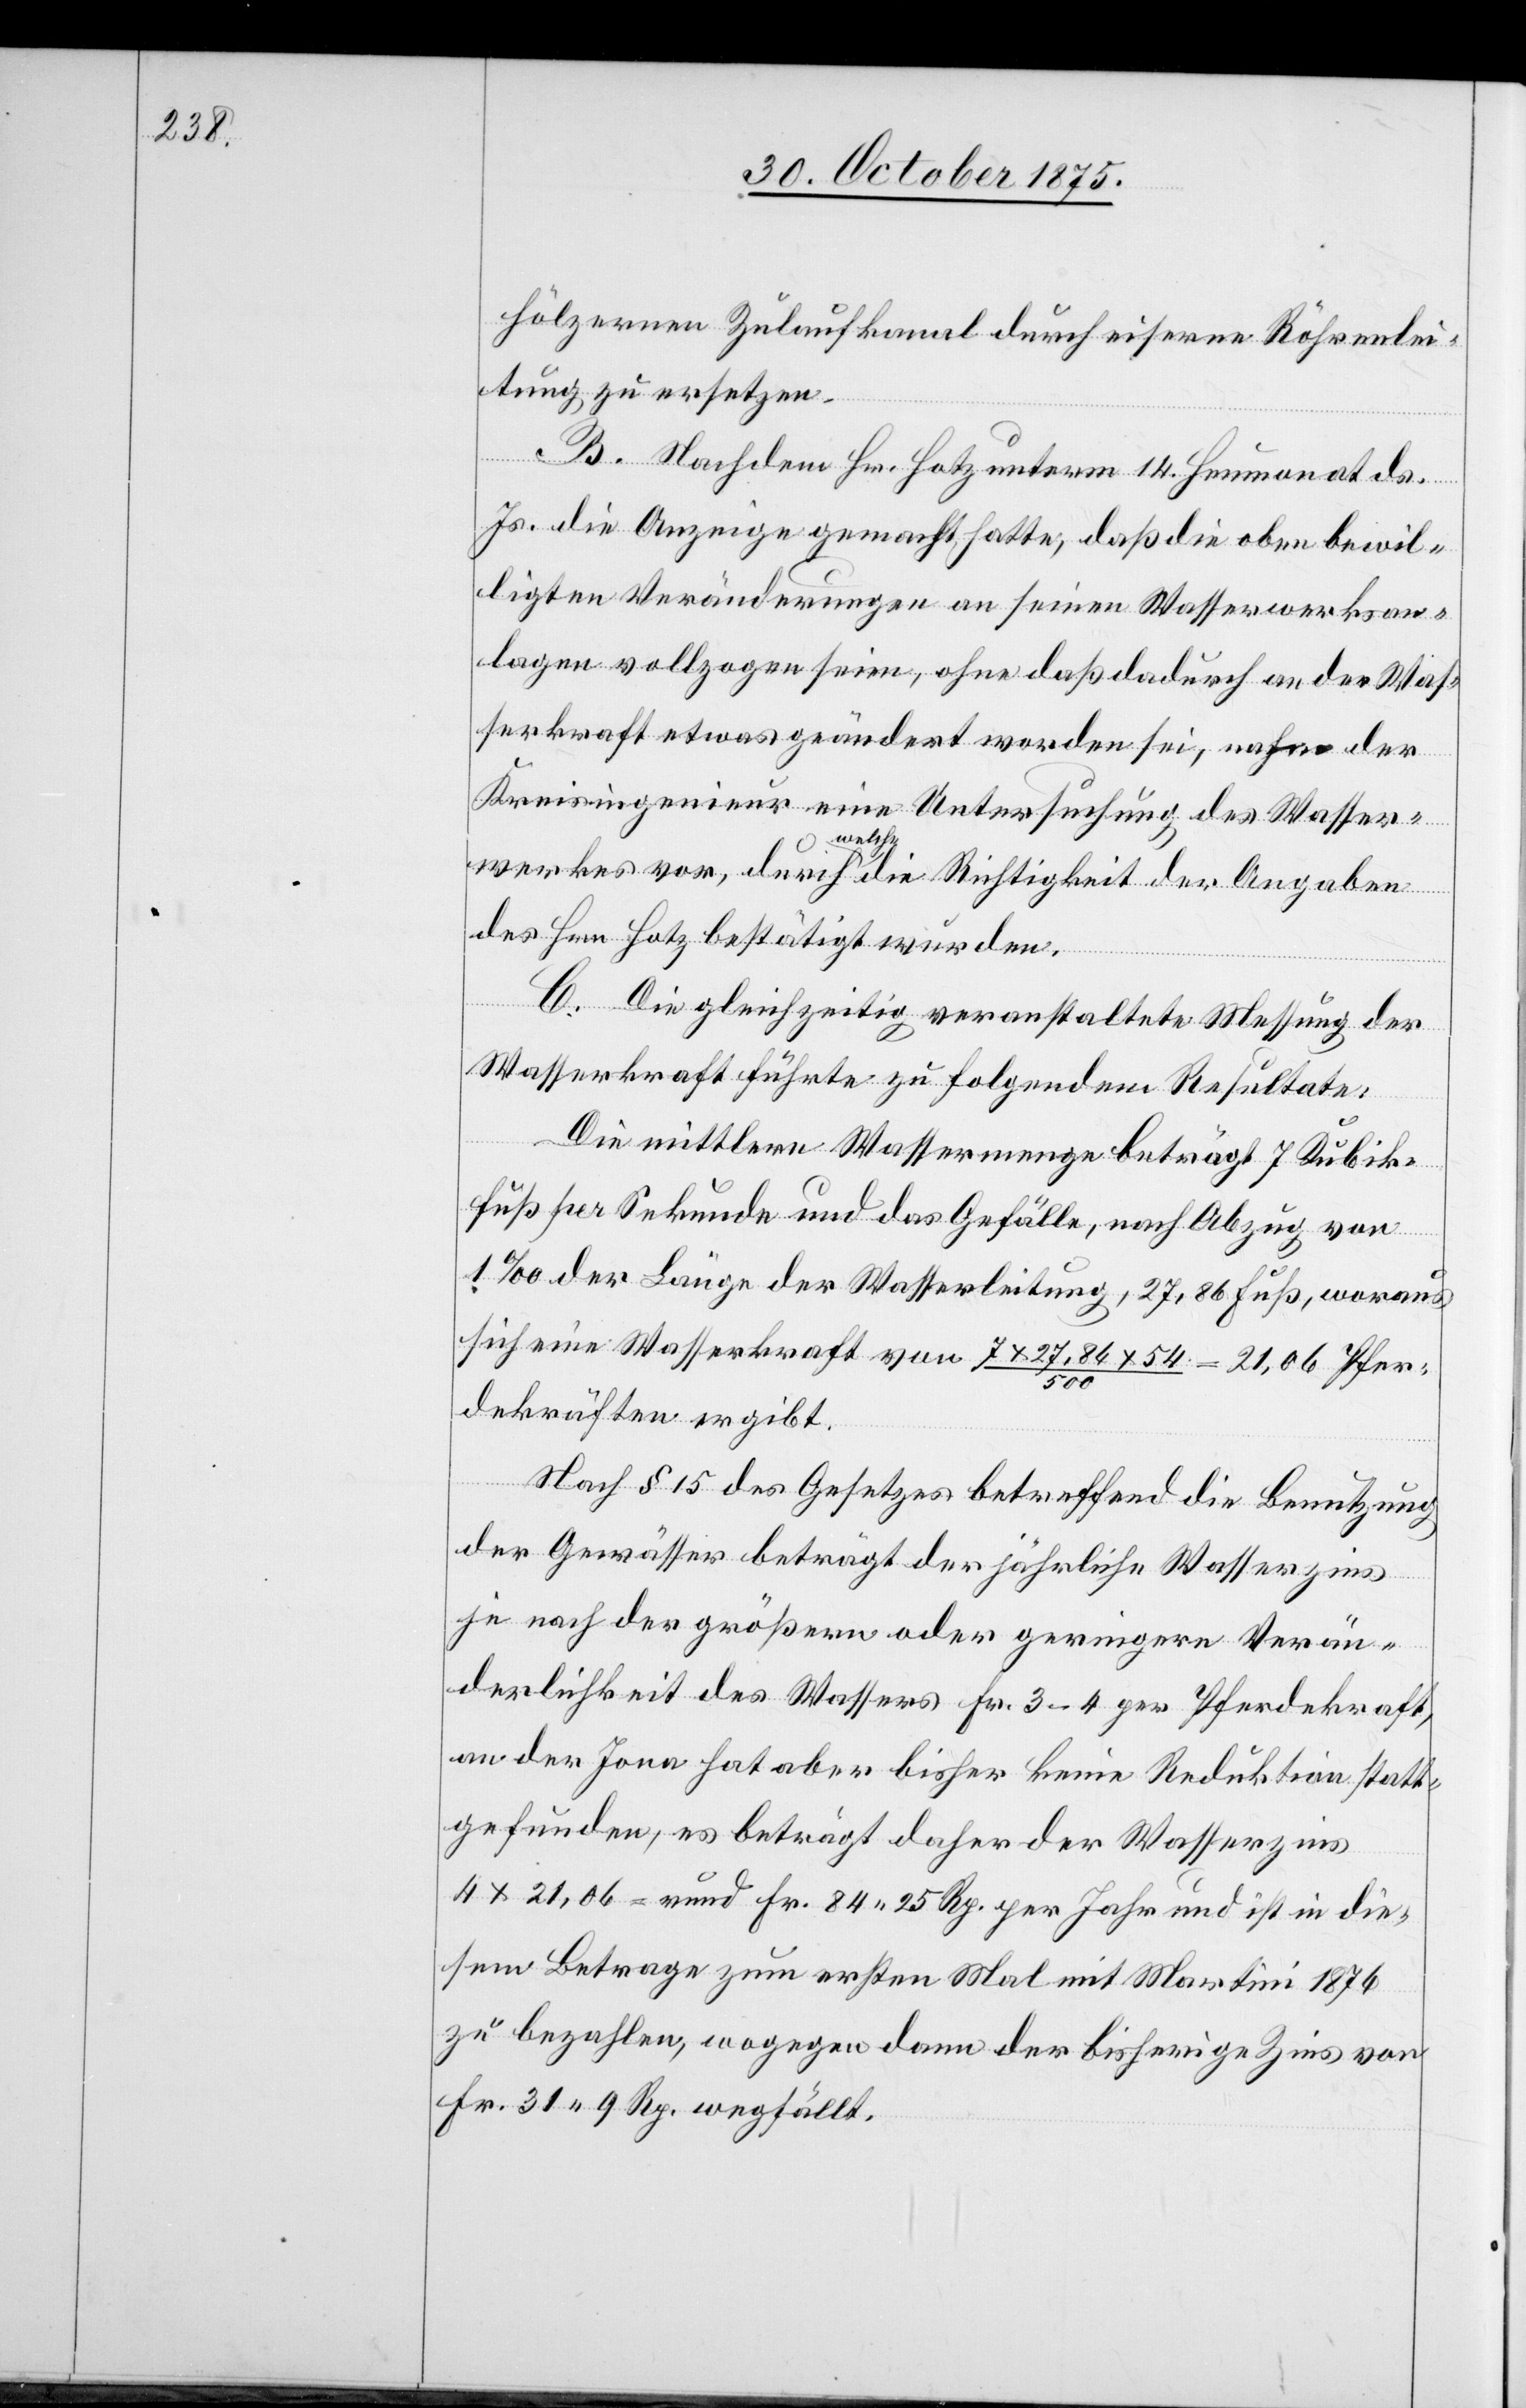
hölzernen Zulaufkanal durch eiserne Röhrenlei¬
tung zu ersetzen.
B. Nachdem Hr. Hotz unterm 14. Heumonat ds.
Js. die Anzeige gemacht hatte, daß die oben bewil¬
ligten Veränderungen an seinen Wasserwerksan¬
lagen vollzogen seien, ohne daß dadurch an der Was¬
serkraft etwas geändert worden sei, nahm der
Kreisingenieur eine Untersuchung des Wasser¬
werkes vor, durch welche die Richtigkeit der Angaben
des Hrn. Hotz bestätigt wurden.
C. Die gleichzeitig veranstaltete Messung der
Wasserkraft führte zu folgendem Resultate:
Die mittlere Wassermenge beträgt 7 Kubik¬
fuß per Sekunde und das Gefälle, nach Abzug von
1‰ der Länge der Wasserleitung, 27,86 Fuß, woraus
sich eine Wasserkraft von 7x27,86x54/500 = 21,06 Pfer¬
dekräften ergibt.
Nach § 15 des Gesetzes betreffend die Benutzung
der Gewässer beträgt der jährliche Wasserzins
je nach der größern oder geringern Verän¬
derlichkeit des Wassers Fr. 3–4 per Pferdekraft,
an der Jona hat aber bisher keine Reduktion statt¬
gefunden, es beträgt daher der Wasserzins
4x21,06 = rund Fr. 84 25 Rp. per Jahr und ist in die¬
sem Betrage zum ersten Mal mit Martini 1876
zu bezahlen, wogegen dann der bisherige Zins von
Fr. 31 9 Rp. wegfällt.